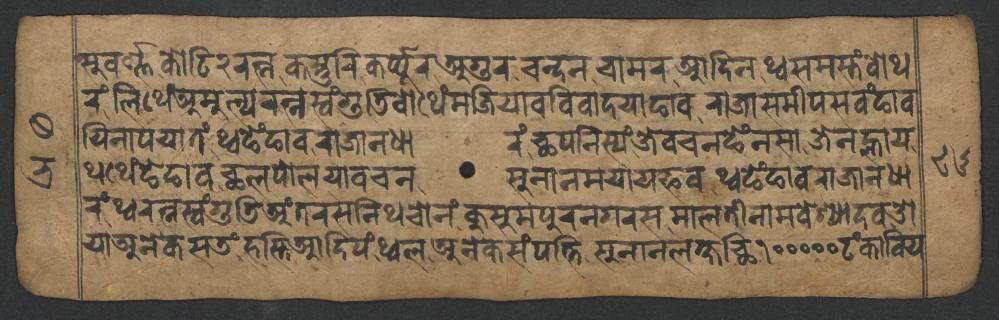
𑐳𑐸𑐰𑐬𑑂𑐞𑑂𑐞𑐎𑑀𑐚𑐶𑑒𑐬𑐟𑑂𑐣𑐎𑐳𑑂𑐟𑐸𑐬𑐶𑐎𑐬𑑂𑐥𑑂𑐥𑐹𑐬𑐀𑐐𑐸𑐬𑐔𑐵𑐩𑐬𑐁𑐡𑐶𑐣𑐠𑑂𑐰𑐳𑐩𑐳𑑂𑐟𑑄𑐧𑑀𑐠 𑐬𑑄𑐮𑐶𑐠𑐾𑑄𑐀𑐩𑐸𑐮𑑂𑐫𑐬𑐟𑑂𑐣𑐳𑑂𑐰𑑄𑐐𑐸𑐜𑐶𑐧𑑀𑐠𑐾𑑄𑐩𑐖𑐶𑐫𑐵𑐰𑐰𑐶𑐰𑐵𑐡𑐫𑐵𑐒𑐵𑐰𑐬𑐵𑐖𑐵𑐳𑐩𑐷𑐥𑐳𑐰𑑄𑐒𑐵𑐰 𑐫𑐶𑐣𑐵𑐥𑐫𑐵𑐟𑑄𑐠𑑂𑐰𑐒𑐾𑑄𑐒𑐵𑐰𑐬𑐵𑐖𑐵𑐣𑐢𑐵𑐬𑑄𑐕𑐥𑐣𑐶𑐳𑑂𑐫𑑄𑐖𑐾𑐰𑐔𑐣𑐒𑐾𑑄𑐣𑐳𑐵𑐖𑐾𑐣𑐮𑑂𑐴𑐵𑐫 𑐠𑐠𑐾𑑄𑐒𑐾𑐒𑐵𑐰𑐕𑐮𑐥𑑀𑐮𑐫𑐵𑐰𑐔𑐣𑐳𑐸𑐣𑐵𑐣𑐩𑐫𑐵𑐫𑐦𑐰𑐠𑑂𑐰𑐒𑐾𑑄𑐒𑐵𑐰𑐬𑐵𑐖𑐵𑐣𑐢𑐵 𑐬𑑄𑐠𑑂𑐰𑐬𑐟𑑂𑐣𑐳𑑂𑐰𑑄𑐐𑐸𑐜𑐶𑐀𑑄𑐟𑐬𑐳𑐣𑐶𑐠𑐔𑑀𑐣𑑄𑐎𑐸𑐳𑐸𑐩𑐥𑐸𑐬𑐣𑐐𑐬𑐳𑐩𑐵𑐮𑐟𑐷𑐣𑐵𑐩𑐰𑐾𑐱𑑂𑐫𑐵𑐡𑐰𑐌 𑐫𑐵𑐀𑐣𑐾𑐎𑐳𑐜𑑄𑐴𑐳𑑂𑐟𑐶𑐁𑐡𑐶𑐥𑑄𑐠𑑂𑐰𑐮𑐀𑐣𑐾𑐎𑐳𑑄𑐥𑐟𑑂𑐟𑐶𑐳𑐸𑐣𑐵𑐣𑐮𑐎𑑂𑐲𑐕𑐶𑑑𑑐𑑐𑑐𑑐𑑐𑐚𑑄𑐎𑐵𑐧𑐶𑐫